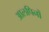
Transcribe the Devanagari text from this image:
आलपिनों